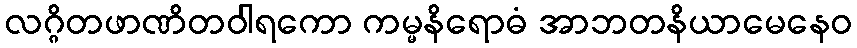
လဂ္ဂိတဖာဏိတဝါရကော ကမ္မနိရောဓံ အာဘတနိယာမေနေဝ